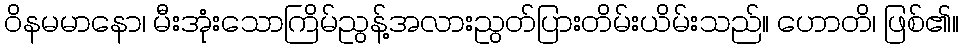
ဝိနမမာနော၊ မီးအုံးသောကြိမ်ညွန့်အလားညွတ်ပြားတိမ်းယိမ်းသည်။ ဟောတိ၊ ဖြစ်၏။